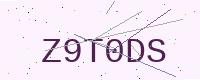
Text: Z9T0DS